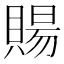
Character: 𧶽